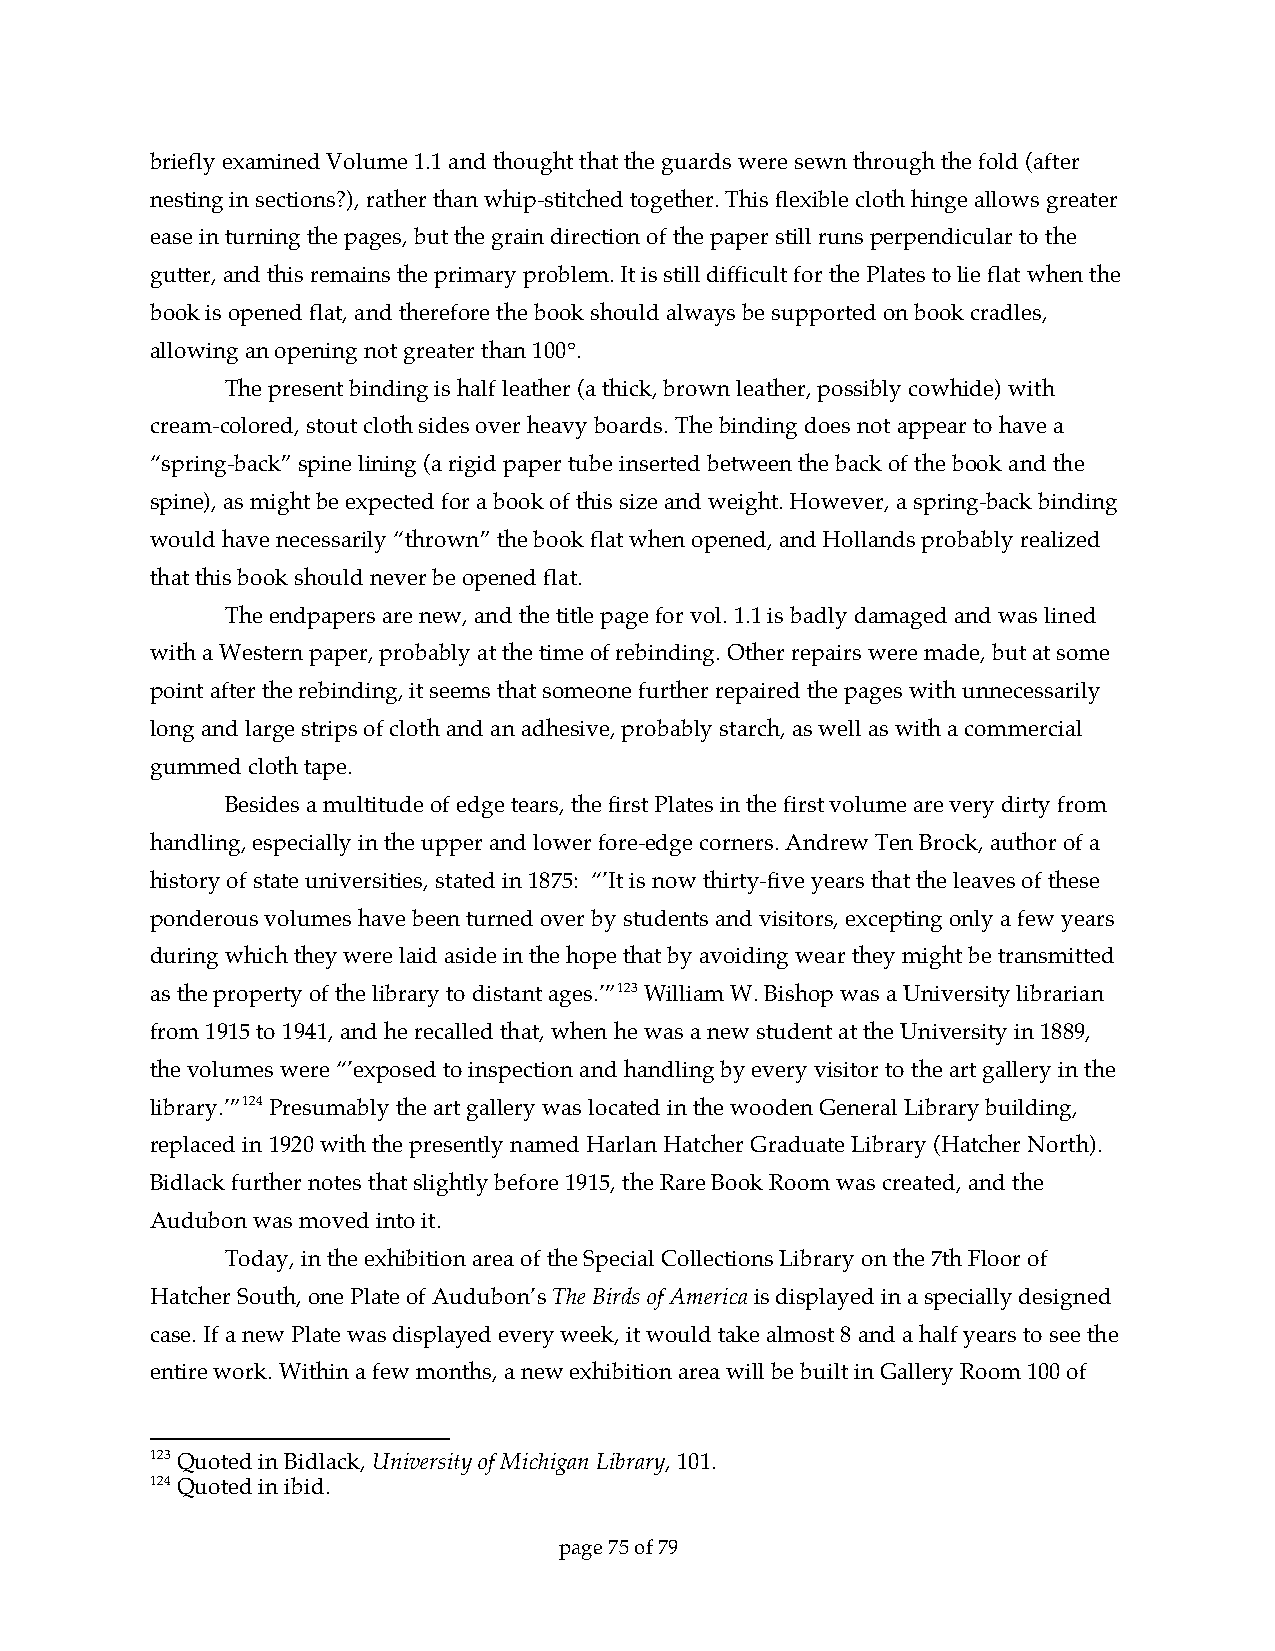
briefly examined Volume 1.1 and thought that the guards were sewn through the fold (after
 nesting in sections?), rather than whip-stitched together. This flexible cloth hinge allows greater
 ease in turning the pages, but the grain direction of the paper still runs perpendicular to the
 gutter, and this remains the primary problem. It is still difficult for the Plates to lie flat when the
 book is opened flat, and therefore the book should always be supported on book cradles,
 allowing an opening not greater than 100°.
 The present binding is half leather (a thick, brown leather, possibly cowhide) with
 cream-colored, stout cloth sides over heavy boards. The binding does not appear to have a
 “spring-back” spine lining (a rigid paper tube inserted between the back of the book and the
 spine), as might be expected for a book of this size and weight. However, a spring-back binding
 would have necessarily “thrown” the book flat when opened, and Hollands probably realized
 that this book should never be opened flat.
 The endpapers are new, and the title page for vol. 1.1 is badly damaged and was lined
 with a Western paper, probably at the time of rebinding. Other repairs were made, but at some
 point after the rebinding, it seems that someone further repaired the pages with unnecessarily
 long and large strips of cloth and an adhesive, probably starch, as well as with a commercial
 gummed cloth tape.
 Besides a multitude of edge tears, the first Plates in the first volume are very dirty from
 handling, especially in the upper and lower fore-edge corners. Andrew Ten Brock, author of a
 history of state universities, stated in 1875: “’It is now thirty-five years that the leaves of these
 ponderous volumes have been turned over by students and visitors, excepting only a few years
 during which they were laid aside in the hope that by avoiding wear they might be transmitted
 as the property of the library to distant ages.’”123 William W. Bishop was a University librarian
 from 1915 to 1941, and he recalled that, when he was a new student at the University in 1889,
 the volumes were “’exposed to inspection and handling by every visitor to the art gallery in the
 library.’”124 Presumably the art gallery was located in the wooden General Library building,
 replaced in 1920 with the presently named Harlan Hatcher Graduate Library (Hatcher North).
 Bidlack further notes that slightly before 1915, the Rare Book Room was created, and the
 Audubon was moved into it.
 Today, in the exhibition area of the Special Collections Library on the 7th Floor of
 Hatcher South, one Plate of Audubon’s The Birds of America is displayed in a specially designed
 case. If a new Plate was displayed every week, it would take almost 8 and a half years to see the
 entire work. Within a few months, a new exhibition area will be built in Gallery Room 100 of
 123 Quoted in Bidlack, University of Michigan Library, 101.
 124 Quoted in ibid.
 page 75 of 79